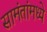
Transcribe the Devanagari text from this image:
सामंतांमध्ये